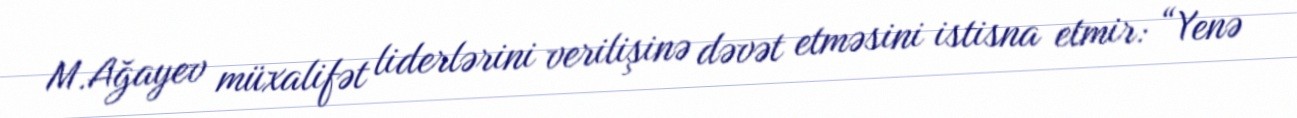
M.Ağayev müxalifət liderlərini verilişinə dəvət etməsini istisna etmir: “Yenə